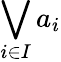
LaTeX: \bigvee_{i\in I}a_{i}